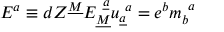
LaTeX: E ^ { a } \equiv d Z ^ { \underline { { { M } } } } E _ { \underline { { { M } } } } ^ { ~ \underline { { { a } } } } u _ { \underline { { { a } } } } ^ { ~ a } = e ^ { b } m _ { b } ^ { ~ a } \qquad